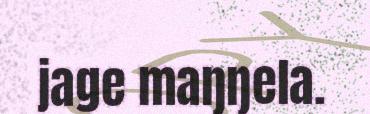
jage maŋŋela.